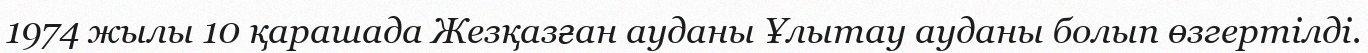
1974 жылы 10 қарашада Жезқазған ауданы Ұлытау ауданы болып өзгертілді.